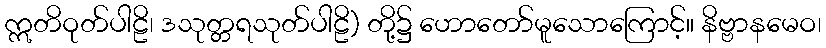
ဣတိဝုတ်ပါဠိ၊ ဒသုတ္တရသုတ်ပါဠိ) တို့၌ ဟောတော်မူသောကြောင့်။ နိဗ္ဗာနမေဝ၊